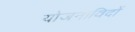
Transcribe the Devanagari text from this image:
योजनाविदों